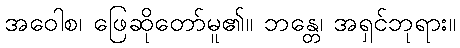
အဝေါစ၊ ဖြေဆိုတော်မူ၏။ ဘန္တေ၊ အရှင်ဘုရား။